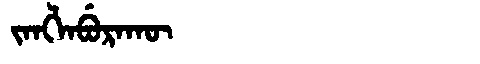
Manchu: ᠵᠠᠩᠯᠠᠪᡠᡵᠠᡴᡡ
Romanization: JANGLABURAKŪ